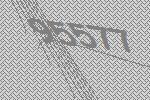
95577